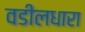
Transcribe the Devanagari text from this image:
वडीलधारा